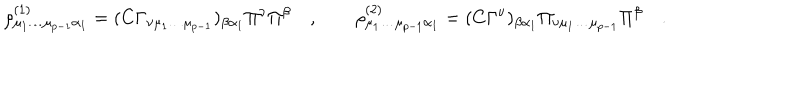
LaTeX: \rho _ { \mu _ { 1 } \dots \mu _ { p - 1 } \alpha _ { 1 } } ^ { ( 1 ) } = ( C \Gamma _ { \nu \mu _ { 1 } \dots \mu _ { p - 1 } } ) _ { \beta \alpha _ { 1 } } \Pi ^ { \nu } \Pi ^ { \beta } \quad , \quad \quad \rho _ { \mu _ { 1 } \dots \mu _ { p - 1 } \alpha _ { 1 } } ^ { ( 2 ) } = ( C \Gamma ^ { \nu } ) _ { \beta \alpha _ { 1 } } \Pi _ { \nu \mu _ { 1 } \dots \mu _ { p - 1 } } \Pi ^ { \beta } \quad .